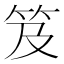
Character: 笈